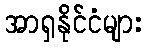
အာရှနိုင်ငံများ